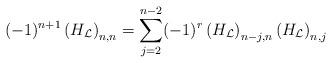
LaTeX: \begin{align*}(-1)^{n+1}\left(H_{\mathcal{L}}\right)_{n,n}=\sum_{j=2}^{n-2}(-1)^r\left(H_{\mathcal{L}}\right)_{n-j,n}\left(H_{\mathcal{L}}\right)_{n,j}\end{align*}